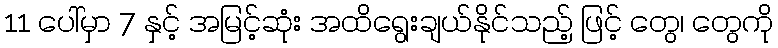
11 ပေါ်မှာ 7 နှင့် အမြင့်ဆုံး အထိရွေးချယ်နိုင်သည့် ဖြင့် တွေ၊ တွေကို